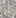
أنا